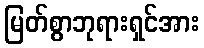
မြတ်စွာဘုရားရှင်အား